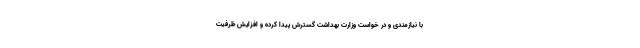
با نیازمندی و در خواست وزارت بهداشت گسترش پیدا کرده و افزایش ظرفیت